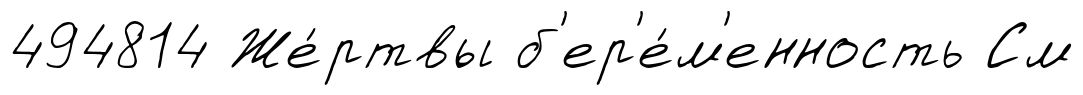
494814 Же́ртвы б'ер'е́м'енность См